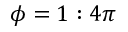
\phi = 1 : 4 \pi